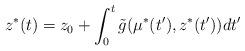
LaTeX: \begin{align*}z^*(t)=z_0 + \int_0^t \tilde g(\mu^*(t'), z^*(t')) dt'\end{align*}